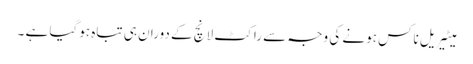
میٹیریل ناکس ہونے کی وجہ سے راکٹ لانچ کے دوران ہی تباہ ہوگیا ہے ۔